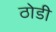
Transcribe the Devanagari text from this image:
ठोडी